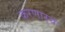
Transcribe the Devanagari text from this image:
करणार्‍य